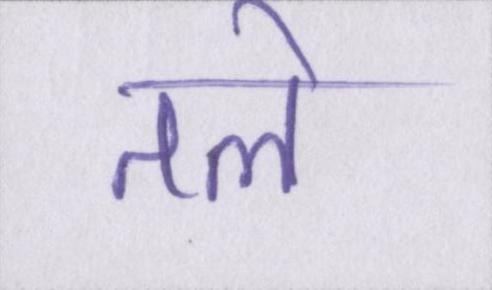
तले